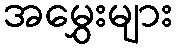
အမွှေးများ